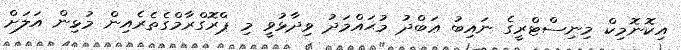
އިކޮނޮމިކް މިނިސްޓްރީގެ ނައިބު ޢަބްދު މުޙައްމަދު ވިދާޅުވީ މި ޕްރޮގްރާމްގެތެރެއިން މުޅިން އަލަށް